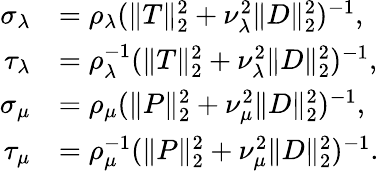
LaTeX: \begin{array}{rl}{\sigma_{\lambda}}&{=\rho_{\lambda}(\| T\| _{2}^{2}+\nu_{\lambda}^{2}\| D\| _{2}^{2})^{-1},}\\ {\tau_{\lambda}}&{=\rho_{\lambda}^{-1}(\| T\| _{2}^{2}+\nu_{\lambda}^{2}\| D\| _{2}^{2})^{-1},}\\ {\sigma_{\mu}}&{=\rho_{\mu}(\| P\| _{2}^{2}+\nu_{\mu}^{2}\| D\| _{2}^{2})^{-1},}\\ {\tau_{\mu}}&{=\rho_{\mu}^{-1}(\| P\| _{2}^{2}+\nu_{\mu}^{2}\| D\| _{2}^{2})^{-1}.}\end{array}